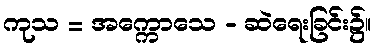
ကုသ = အက္ကောသေ - ဆဲရေးခြင်း၌။